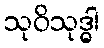
သုဝိသုဒ္ဓါ